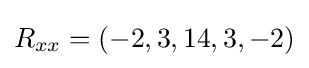
R_{xx}=(-2,3,14,3,-2)